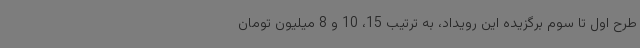
طرح اول تا سوم برگزیده این رویداد، به ترتیب 15، 10 و 8 میلیون تومان